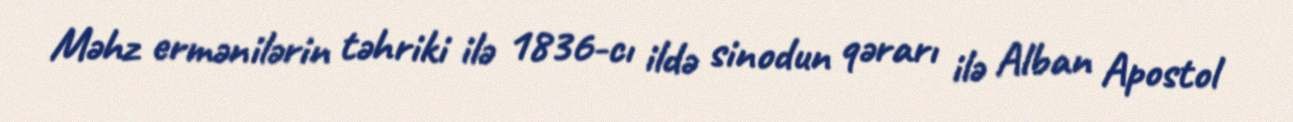
Məhz ermənilərin təhriki ilə 1836-cı ildə sinodun qərarı ilə Alban Apostol